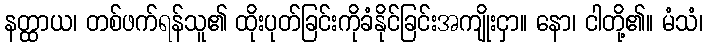
နတ္ထာယ၊ တစ်ဖက်ရန်သူ၏ ထိုးပုတ်ခြင်းကိုခံနိုင်ခြင်းအကျိုးငှာ။ နော၊ ငါတို့၏။ မံသံ၊